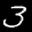
Label: 3